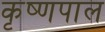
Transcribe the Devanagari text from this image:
कृष्णपाल